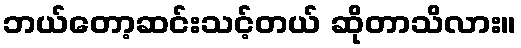
ဘယ်တော့ဆင်းသင့်တယ် ဆိုတာသိလား။